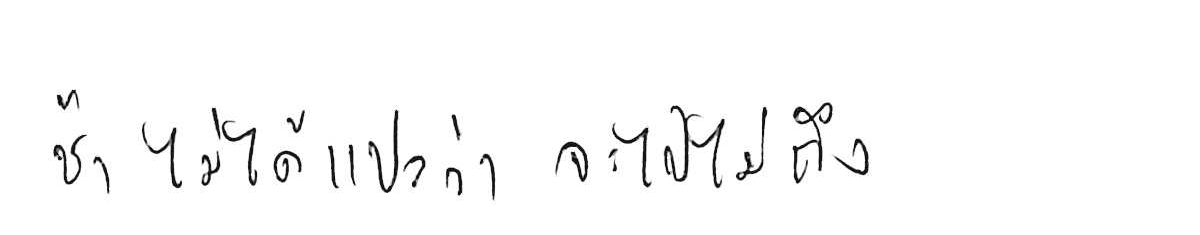
ช้า ไม่ได้แปลว่า จะไปไม่ถึง